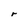
Character: r